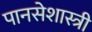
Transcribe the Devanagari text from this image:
पानसेशास्त्री